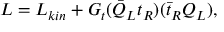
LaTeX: { \cal L } = { \cal L } _ { k i n } + G _ { t } ( { \bar { Q } } _ { L } t _ { R } ) ( { \bar { t } } _ { R } Q _ { L } ) ,